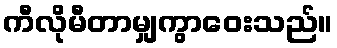
ကီလိုမီတာမျှကွာဝေးသည်။